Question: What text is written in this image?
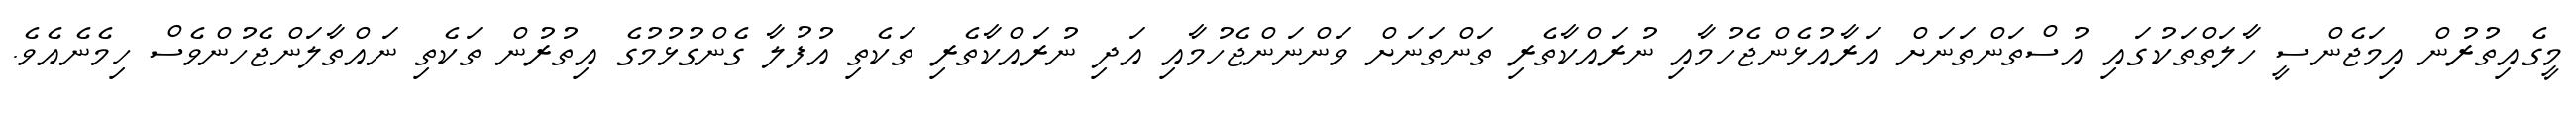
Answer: މީގެއިތުރުން އިމަޖެންސީ ހާލަތްތަކުގައި އުސްތަންތަނަށް އަރާއުޅެންޖެހުމާއި ނުރައްކާތެރި ތަންތަނަށް ވަންނަންޖެހުމާއި އަދި ނުރައްކާތެރި ތަކެތި އުފުލާ ގެންގުޅުމުގެ އިތުރުން ތަކެތި ނައްތާލަންޖެހުންވެސް ހިމެނެއެވެ.